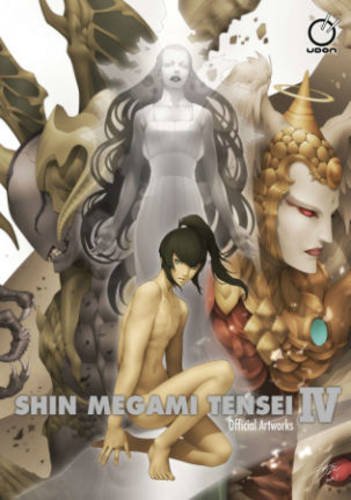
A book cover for Shin Megami Tensei IV: Official Artworks; Arts & Photography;